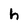
Character: h